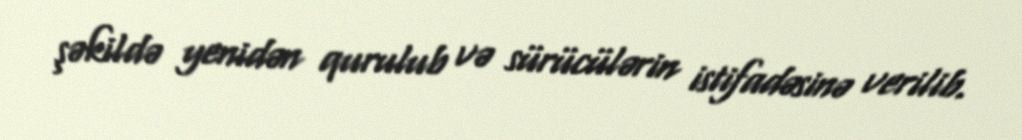
şəkildə yenidən qurulub və sürücülərin istifadəsinə verilib.